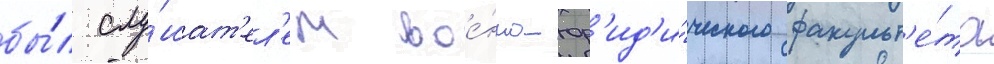
бы́л слу́шат'ел'ем вое́нно-юр'ид'и́ческого факульт'е́та